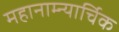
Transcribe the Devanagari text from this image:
महानाम्न्यार्चिक